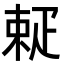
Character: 𤴚